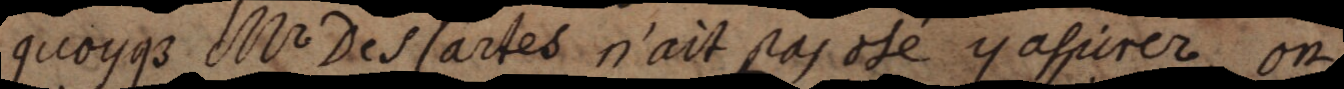
quoyque Mr Des Cartes n’ait pas osé y asurer, on